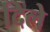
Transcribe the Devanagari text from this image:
दिलेे